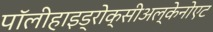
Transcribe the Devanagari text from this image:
पॉलीहाइड्रोक्सीअल्केनोएट